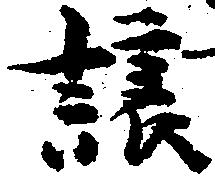
譲